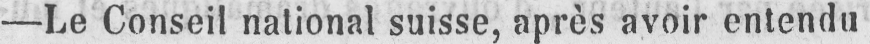
- Le Conseil national suisse, après avoir entendu